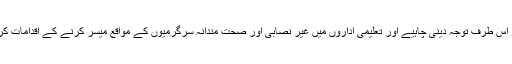
حکومت کو اس طرف توجہ دینی چاہیے اور تعلیمی اداروں میں غیر نصابی اور صحت مندانہ سرگرمیوں کے مواقع میسر کرنے کے اقدامات کرنے چاہئیں۔